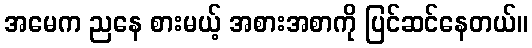
အမေက ညနေ စားမယ့် အစားအစာကို ပြင်ဆင်နေတယ်။